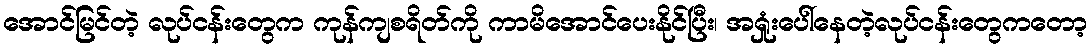
အောင်မြင်တဲ့ လုပ်ငန်းတွေက ကုန်ကျစရိတ်ကို ကာမိအောင်ပေးနိုင်ပြီး၊ အရှုံးပေါ်နေတဲ့လုပ်ငန်းတွေကတော့